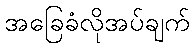
အခြေခံလိုအပ်ချက်